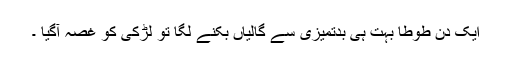
ایک دن طوطا بہت ہی بدتمیزی سے گالیاں بکنے لگا تو لڑکی کو غصہ آگیا ۔